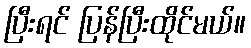
ပြီးရင် ပြန်ပြီးထိုင်မယ်။